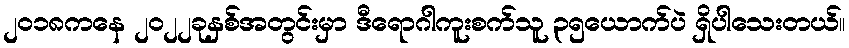
၂၀၁၈ကနေ ၂၀၂၂ခုနှစ်အတွင်းမှာ ဒီရောဂါကူးစက်သူ ၃၅ယောက်ပဲ ရှိပါသေးတယ်။